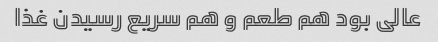
عالی بود هم طعم و هم سریع رسیدن غذا